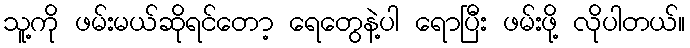
သူ့ကို ဖမ်းမယ်ဆိုရင်တော့ ရေတွေနဲ့ပါ ရောပြီး ဖမ်းဖို့ လိုပါတယ်။